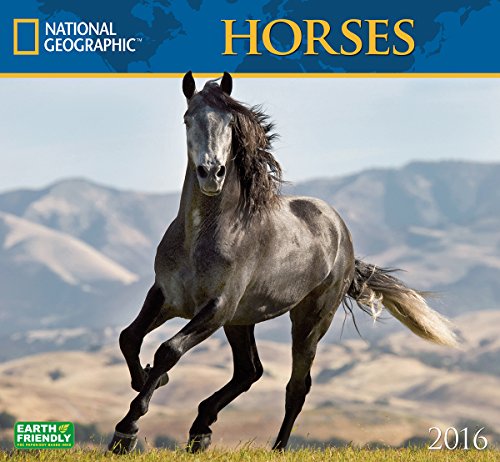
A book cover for Horses National Geographic 2016 Wall Calendars; National Geographic Society; Calendars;